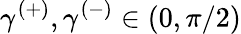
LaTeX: \gamma^{(+)},\gamma^{(-)}\in(0,\pi/2)